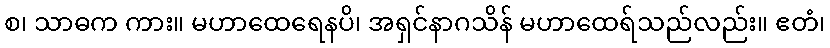
စ၊ သာဓက ကား။ မဟာထေရေနပိ၊ အရှင်နာဂသိန် မဟာထေရ်သည်လည်း။ ဧတံ၊